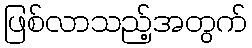
ဖြစ်လာသည့်အတွက်